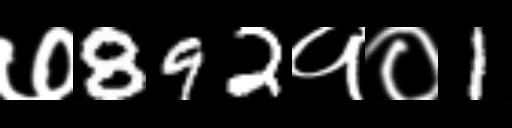
Text: ७892१०1